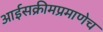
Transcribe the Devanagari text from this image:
आईसक्रीमप्रमाणेच